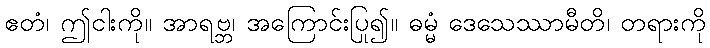
ဧတံ၊ ဤငါးကို။ အာရဗ္ဘ၊ အကြောင်းပြု၍။ ဓမ္မံ ဒေသေဿာမီတိ၊ တရားကို